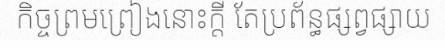
កិច្ចព្រមព្រៀងនោះក្តី តែប្រព័ន្ធផ្សព្វផ្សាយ